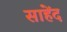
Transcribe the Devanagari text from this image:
साहेंद